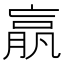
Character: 𣎆